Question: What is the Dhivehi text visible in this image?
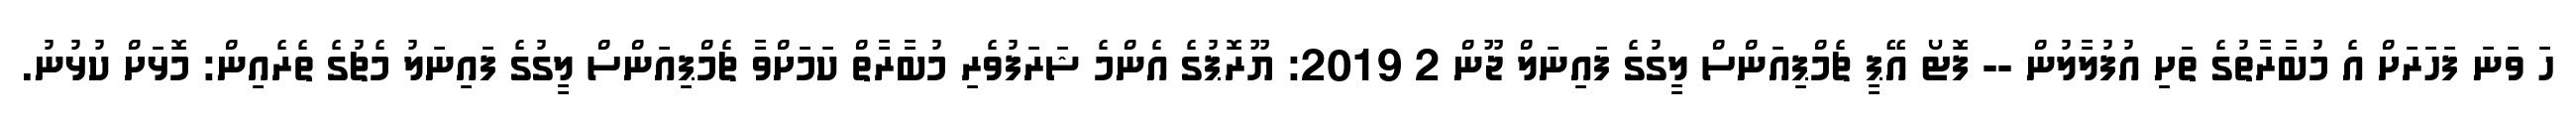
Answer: ހަ ވަނަ ފަހަރަށް އެ މުބާރާތުގެ ތަށި އުފުލާލުން -- ފޮޓޯ އޭޕީ ޗެމްޕިއަންސް ލީގުގެ ފައިނަލް ޖޫން 2 2019: ޔޫރޮޕުގެ އެންމެ ޝަރަފުވެރި މުބާރާތް ކަމަށްވާ ޗެމްޕިއަންސް ލީގުގެ ފައިނަލު މެޗުގެ ތެރެއިން: މޮޅަށް ކުޅުނު.